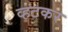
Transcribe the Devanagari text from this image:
व्हटकर